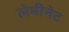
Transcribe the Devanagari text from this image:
लेमीनेट